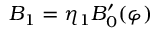
B _ { 1 } = \eta _ { 1 } B _ { 0 } ^ { \prime } ( \varphi )